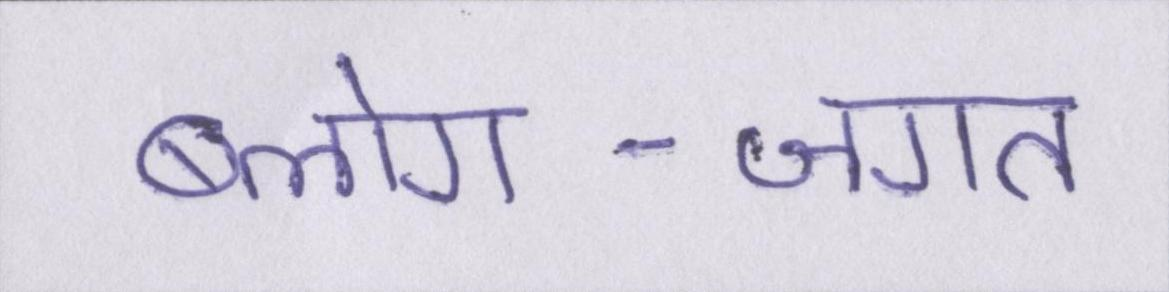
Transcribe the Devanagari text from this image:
ब्लोग-जगत